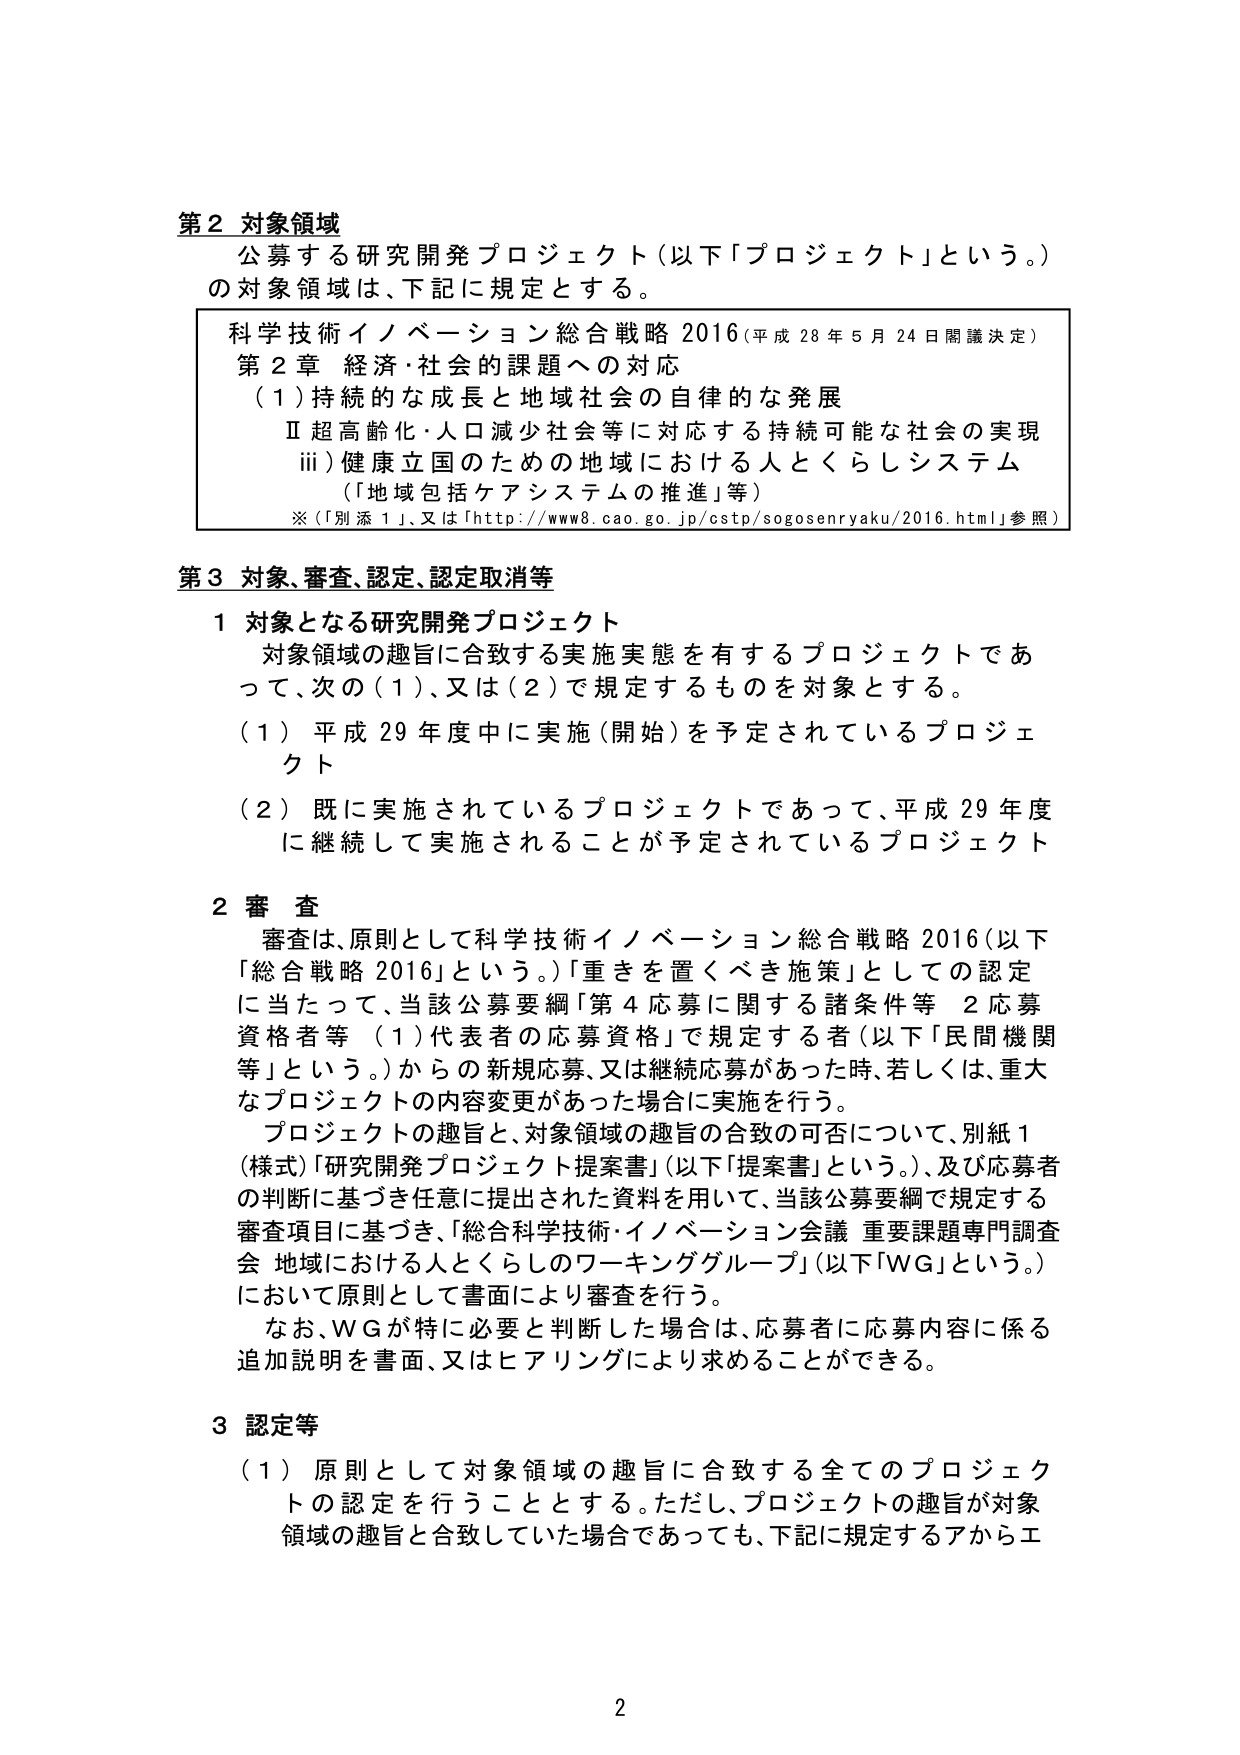
第２ 対象領域
公募する研究開発プロジェクト（以下「プロジェクト」という。）
の対象領域は、下記に規定とする。

科学技術イノベーション総合戦略 2016（平成 28 年 5 月 24 日閣議決定）
第 2 章 経済・社会的課題への対応
（1）持続的な成長と地域社会の自律的な発展
　Ⅱ 超高齢化・人口減少社会等に対応する持続可能な社会の実現
　　iii）健康立国のための地域における人とくらしシステム
　　　（「地域包括ケアシステムの推進」等）
※（「別添 1」、又は「http://www8.cao.go.jp/cstp/sogosenryaku/2016.html」参照）

第３ 対象、審査、認定、認定取消等

１ 対象となる研究開発プロジェクト
　対象領域の趣旨に合致する実施実態を有するプロジェクトであって、次の（1）、又は（2）で規定するものを対象とする。
　（1）平成 29 年度中に実施（開始）を予定されているプロジェクト
　（2）既に実施されているプロジェクトであって、平成 29 年度に継続して実施されることが予定されているプロジェクト

２ 審査
　審査は、原則として科学技術イノベーション総合戦略 2016（以下「総合戦略 2016」という。）「重きを置くべき施策」としての認定に当たって、当該公募要綱「第 4 応募に関する諸条件等 2 応募資格者等（1）代表者の応募資格」で規定する者（以下「民間機関等」という。）からの新規応募、又は継続応募があった時、若しくは、重大なプロジェクトの内容変更があった場合に実施を行う。
　プロジェクトの趣旨と、対象領域の趣旨の合致の可否について、別紙 1（様式）「研究開発プロジェクト提案書」（以下「提案書」という。）、及び応募者の判断に基づき任意に提出された資料を用いて、当該公募要綱で規定する審査項目に基づき、「総合科学技術・イノベーション会議 重要課題専門調査会 地域における人とくらしのワーキンググループ」（以下「WG」という。）において原則として書面により審査を行う。
　なお、WG が特に必要と判断した場合は、応募者に応募内容に係る追加説明を書面、又はヒアリングにより求めることができる。

３ 認定等
　（1）原則として対象領域の趣旨に合致する全てのプロジェクトの認定を行うこととする。ただし、プロジェクトの趣旨が対象領域の趣旨と合致していた場合であっても、下記に規定するあからエ

2